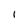
Character: 1